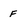
Character: F